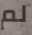
لم